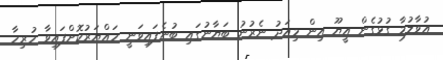
އުވާލުމާ ގުޅުގެން އީޔޫ އިން މިއަދު ނެރުނު ބަޔާނުގައި ބުނެފައިވަނީ ހައްޔަރުކޮށްފައިވާ ހުރިހާ